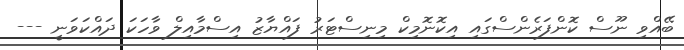
ބޭއްވި ނޫސް ކޮންފަރެންސްގައި އިކޮނޮމިކް މިނިސްޓަރު ފައްޔާޒު އިސްމާއިލް ވާހަކަ ދައްކަވަނީ ---